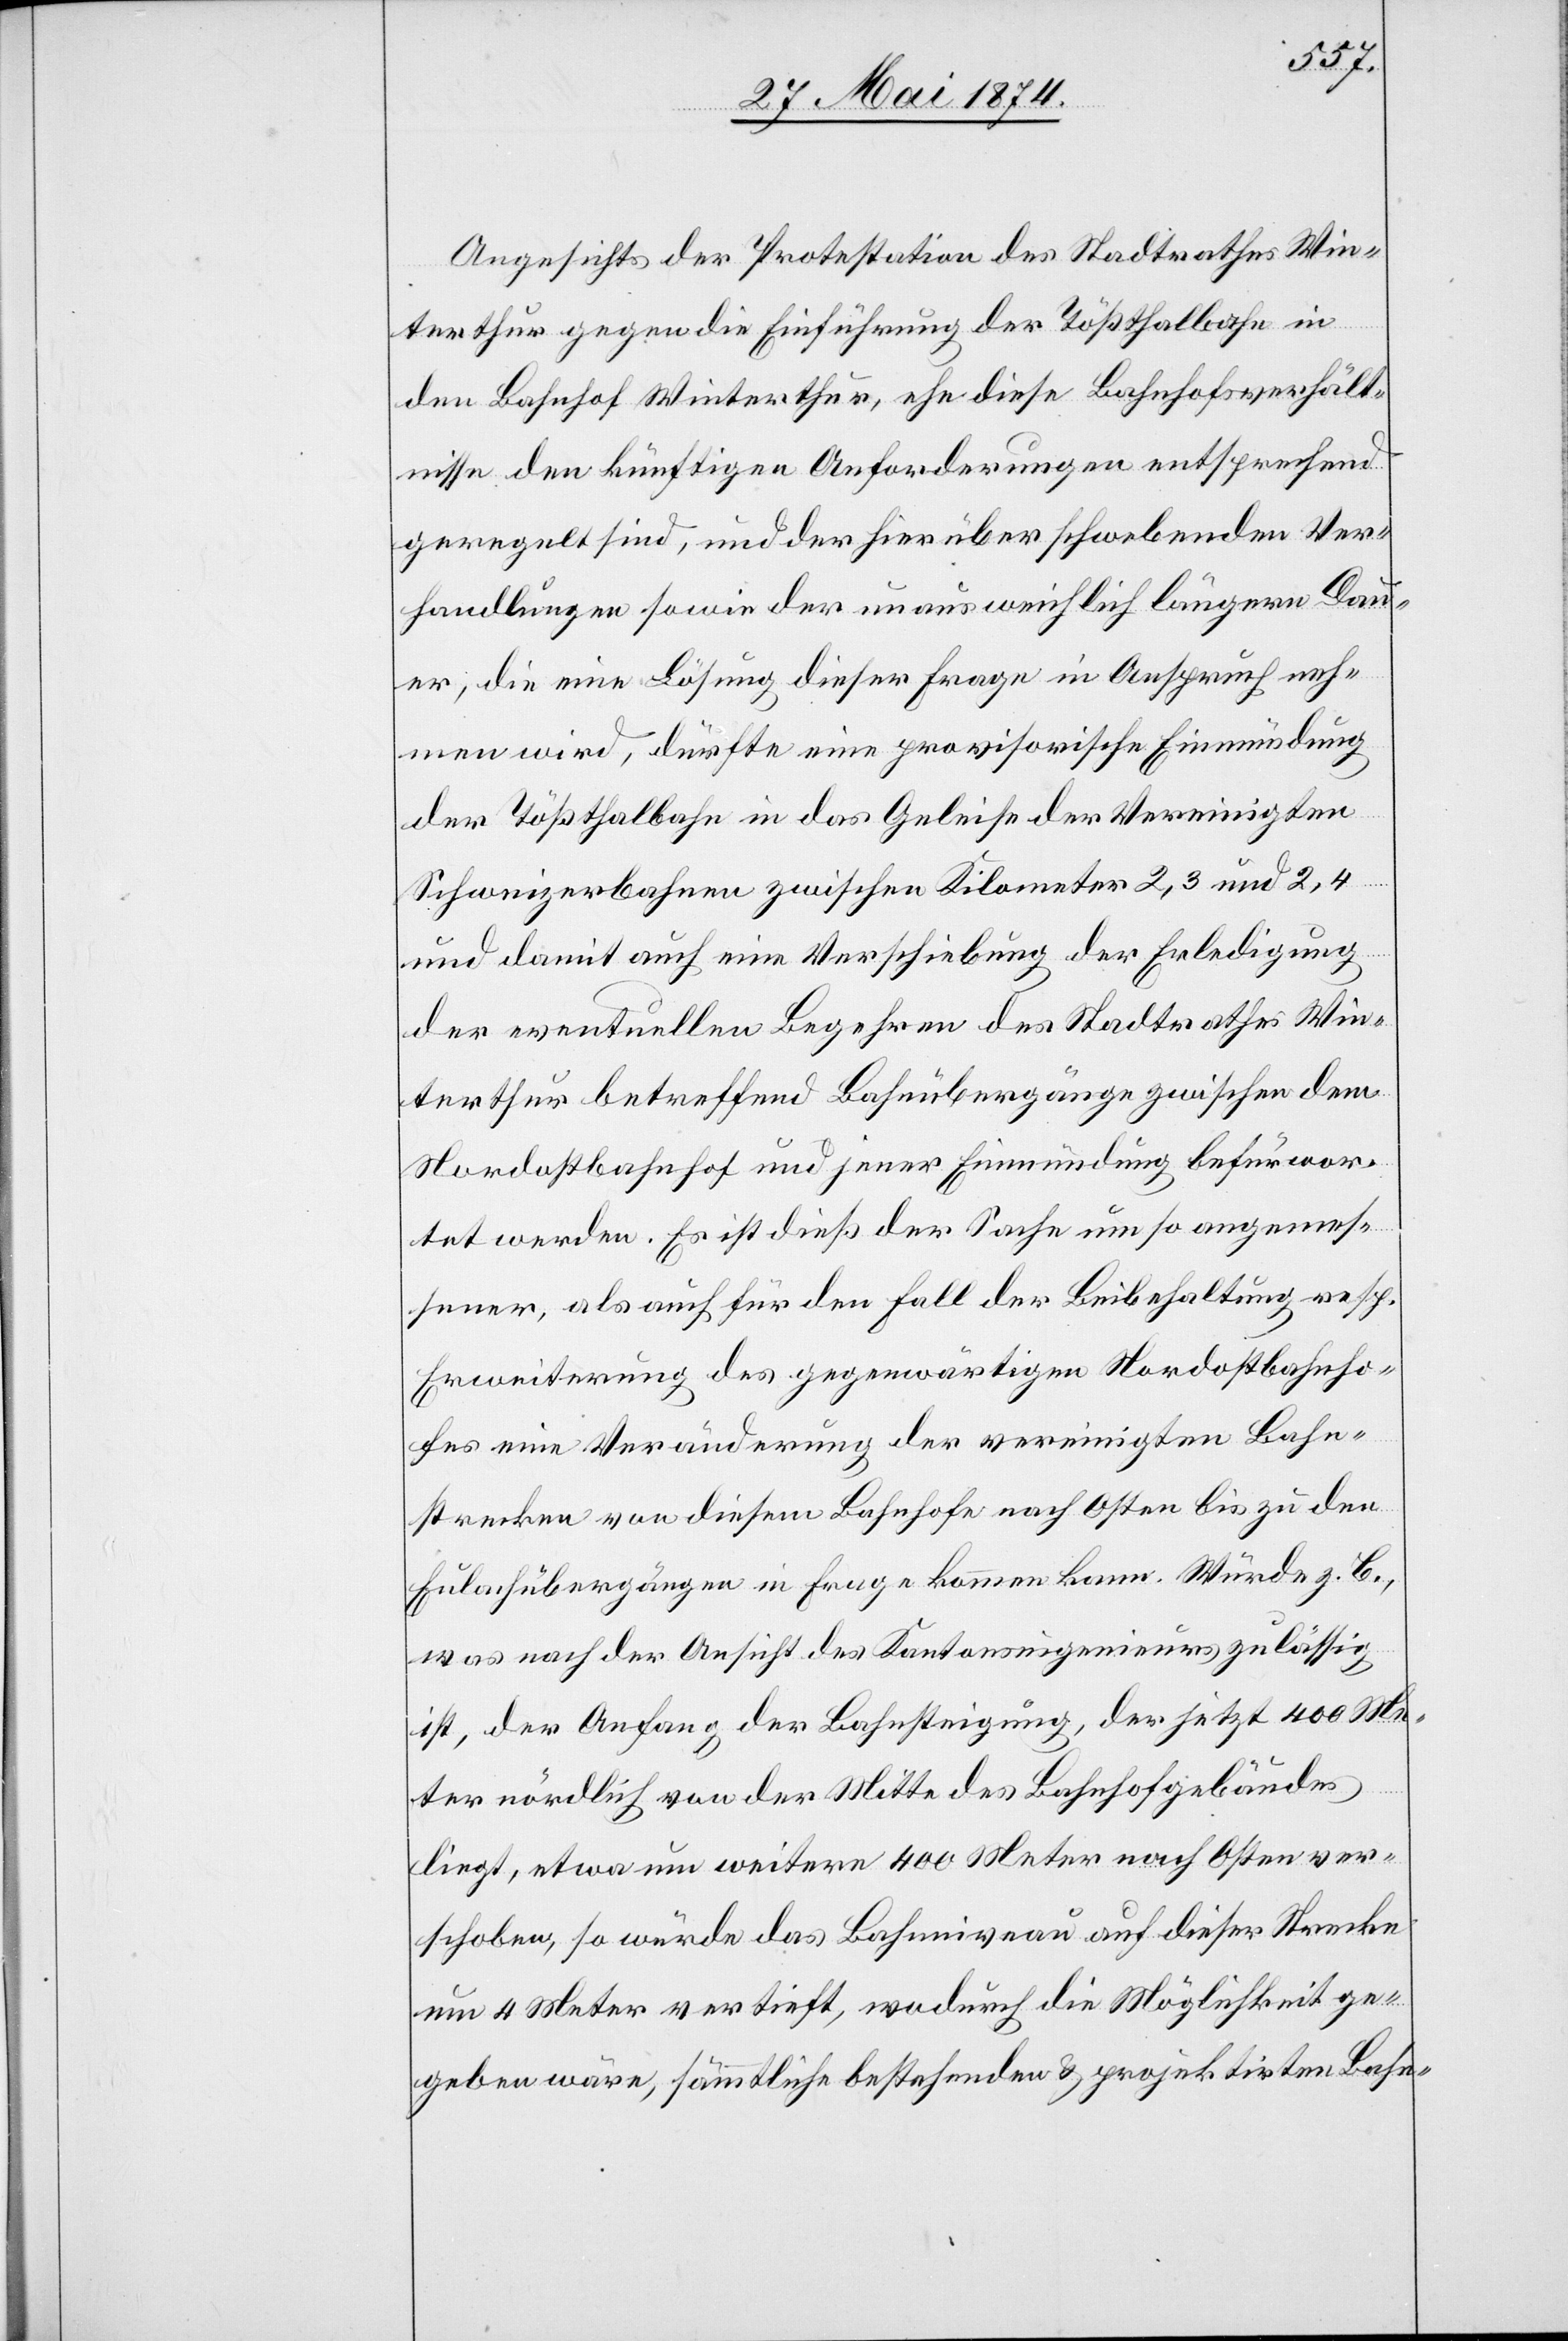
hnho¬
Angesichts der Protestation des Stadtrathes Win¬
terthur gegen die Einführung der Tößthalbahn in
den Bahnhof Winterthur, ehe diese Bahnhofverhält¬
nisse den künftigen Anforderungen entsprechend
geregelt sind, und der hierüber schwebenden Ver¬
handlungen sowie der unausweichlich längern Dau¬
er, die eine Lösung dieser Frage in Anspruch neh¬
men wird, dürfte eine provisorische Einmündung
der Tößthalbahn in das Geleise der Vereinigten
Schweizerbahnen zwischen Kilometer 2,3 und 2,4
und damit auch eine Verschiebung der Erledigung
der eventuellen Begehren des Stadtrathes Win¬
terthur betreffend Bahnübergänge zwischen dem
Nordostbahnhof und jener Einmündung befürwor¬
tet werden. Es ist dieß der Sache um so angemes¬
sener, als auch für den Fall der Beibehaltung resp.
Erweiterung des gegenwärtigen Nordostbahnba¬
fes eine Veränderung der vereinigten Bahn¬
strecken von diesem Bahnhofe nach Osten bis zu den
Eulachübergängen in Frage kommen kann. Würde z. B.,
was nach der Ansicht des Kantonsingenieurs zulässig
ist, der Anfang der Bahnsteigung, der jetzt 400 Me¬
ter nördlich von der Mitte des Bahnhofgebäudes
liegt, etwa um weitere 400 Meter nach Osten ver¬
schoben, so würde das Bahnniveau auf dieser Strecke
um 4 Meter vertieft, wodurch die Möglichkeit ge¬
geben wäre, sämmtliche bestehenden u. projektirten Bahn-